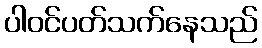
ပါဝင်ပတ်သက်နေသည်